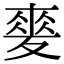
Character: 𡕲